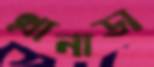
গ্রানাডা